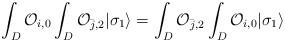
LaTeX: \begin{align*}\int_{D} {\cal O}_{i,0} \int_{D} {\cal O}_{{\bar j},2}| \sigma_{1} \rangle = \int_{D} {\cal O}_{{\bar j},2}\int_{D} {\cal O}_{i,0} | \sigma_{1} \rangle \\\end{align*}